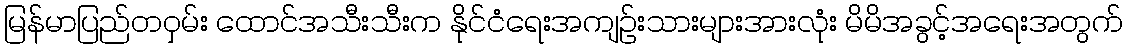
မြန်မာပြည်တဝှမ်း ထောင်အသီးသီးက နိုင်ငံရေးအကျဉ်းသားများအားလုံး မိမိအခွင့်အရေးအတွက်